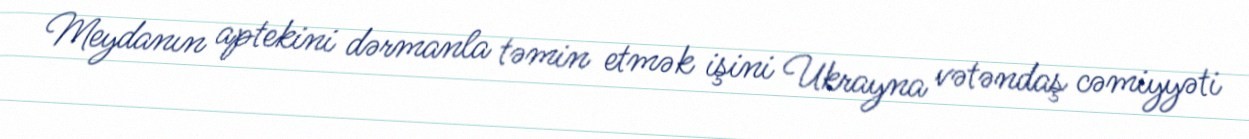
Meydanın aptekini dərmanla təmin etmək işini Ukrayna vətəndaş cəmiyyəti